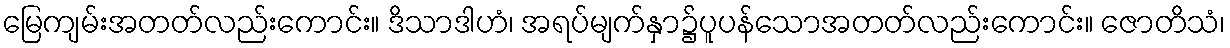
မြေကျမ်းအတတ်လည်းကောင်း။ ဒိသာဒါဟံ၊ အရပ်မျက်နှာ၌ပူပန်သောအတတ်လည်းကောင်း။ ဇောတိသံ၊